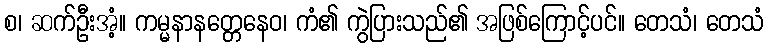
စ၊ ဆက်ဦးအံ့။ ကမ္မနာနတ္တေနေဝ၊ ကံ၏ ကွဲပြားသည်၏ အဖြစ်ကြောင့်ပင်။ တေသံ၊ တေသံ